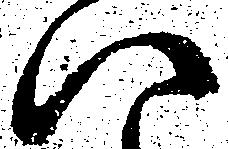
ハ